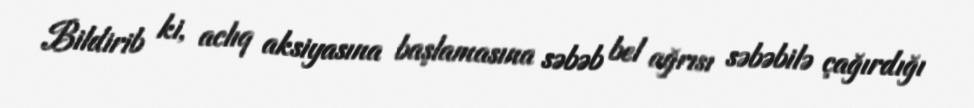
Bildirib ki, aclıq aksiyasına başlamasına səbəb bel ağrısı səbəbilə çağırdığı